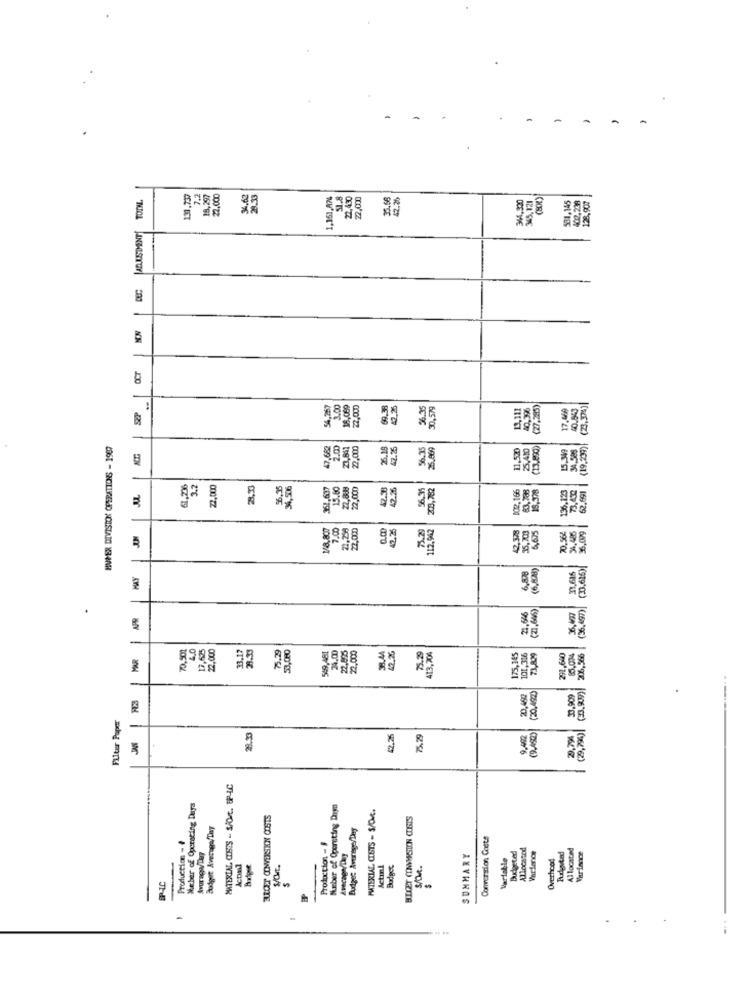
TOONL
131,737
7.2
18,257
22.000
34,62
28.33
1.151,A74
51.8
22,430
22,000
35.68
2.25
344,320
M5,121
531.145
400,238
128,907
ELUSTHENT
54,267
18.060
22,000
69.38
2.2
56.35
30,579
(27,285)
17.000
40.543
(23,37%)]
S2P
HVPER DIVISION OPERATIONS - 1987
2.00
23,847
22,000
26.15
47.75
56.35
26.969
11,520
25,40
15.349
31,585
(19,239)
3.2
22,000
28,33
6.35
34,506
361,637
15.80
22.000
42.38
203,782
002, 166
19,378
136,123
62.991
1/8,800
7.00
21,259
22.000
42.25
112,942
42,378
35,700
6,675
34.486
36,099
IN
75 25
70.564
6,88
(6,84))
(33.616)
MAY
21.646
(21,646)
36,40
(36,497)
-
70,500
4.0
13,623
2.000
33.17
39.33
75.29
53,080
549,481
24.00
22,825
2 000
413,204
38.44
12.26
5.8
175,345
101,316
73 829
292,640
85,074
206,566
(20,492)
(33,909)
20,450
30,909
Filter Paper
2.25
75,29
29,79]
(29,294)
MATERIAL COSTS - S/O/t. UP-AC
Weber of Operating Days
Number of Operating Day
MATERIAL COSTS - S/OM.
RULCET CONVERSKN 00515
Budget Average Tay
Budget Average/Dey
Production - I
Conversion Coste
Production - 1
Budgeted
Allocated
Allocated
Avecago/Day
SUMMARY
Variable
Varlance
Overhead
Acpml
Actunl
Budget
S/Gkt.